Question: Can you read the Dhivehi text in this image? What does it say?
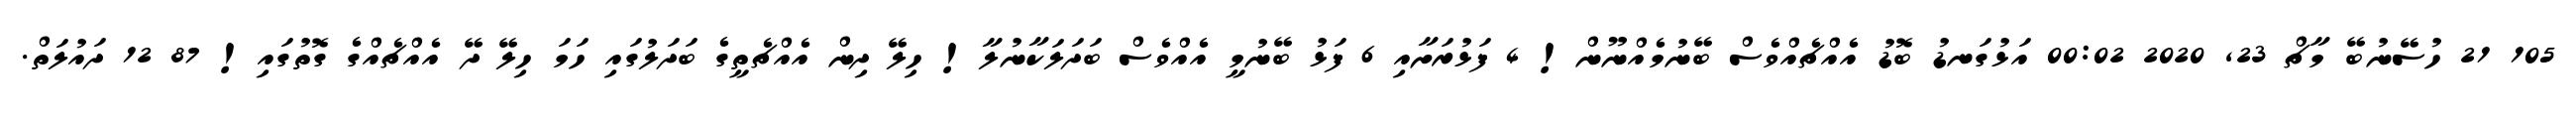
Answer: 105 21 ހުސޭނުބޭ މާޗް 23, 2020 00:02 އަޅުގަނޑު ބޮޑު އެއްޗެއްވެސް ބޭނުމެއްނޫން! 4 ފަޅުރަށާއި 6 ފަޅު ބޭނުމީ އެއްވެސް ބަދަލަކާނުލާ! ހިލޭ ދިން އެއްޗެތީގެ ބަދަލުގައި ހަމަ ހިލޭ ދޭ އެއްޗެއްގެ ގޮތުގައި! 87 12 ދައުލަތް.